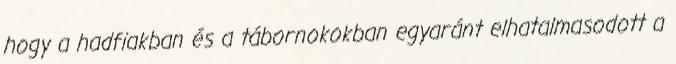
hogy a hadfiakban és a tábornokokban egyaránt elhatalmasodott a